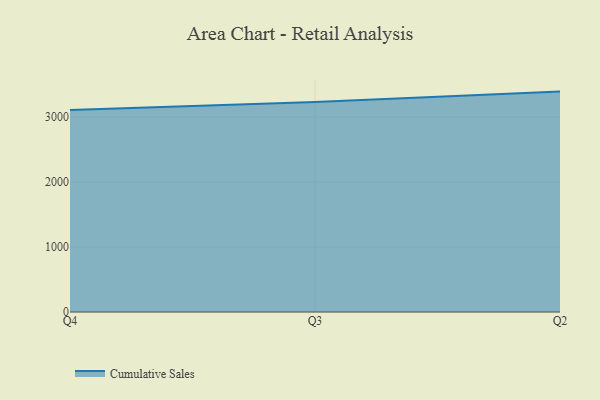
{"axis": {"x": "Quarter", "y": "Temperature (°C)"}, "legend": ["Cumulative Sales"], "data": [{"x": "Q4", "y": 3109.3, "type": "Cumulative Sales"}, {"x": "Q3", "y": 3230.1, "type": "Cumulative Sales"}, {"x": "Q2", "y": 3391.0, "type": "Cumulative Sales"}]}